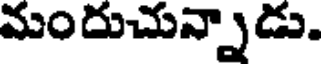
మందుచున్నాడు.